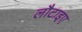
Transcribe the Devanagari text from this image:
लौटाइए